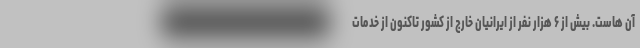
آن هاست. بیش از ۶ هزار نفر از ایرانیان خارج از کشور تاکنون از خدمات